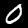
Label: 0